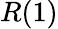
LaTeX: R(1)